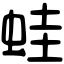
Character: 蛙